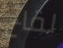
لقاح